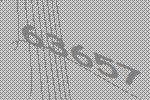
63657